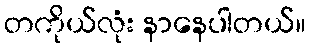
တကိုယ်လုံး နာနေပါတယ်။